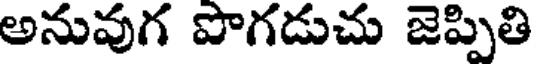
అనువుగ పొగడుచు జెప్పితి